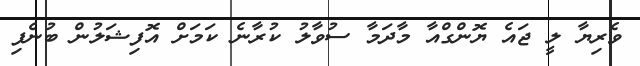
ވެރިޔާ ލީ ޖައެ ޔޮންގްއާ މާދަމާ ސުވާލު ކުރާނެ ކަމަށް އޮފިޝަލުން ބުނެފި